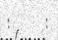
:        :